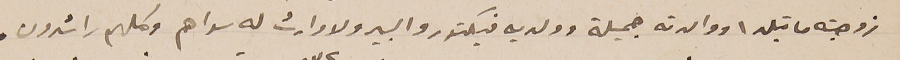
زوجته ماتيلدا ووالدته جميلة وولديه فيكتور والبير ولا وارث له سواهم وكلهم راشدون